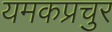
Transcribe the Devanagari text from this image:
यमकप्रचुर